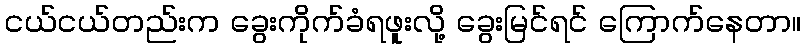
ငယ်ငယ်တည်းက ခွေးကိုက်ခံရဖူးလို့ ခွေးမြင်ရင် ကြောက်နေတာ။